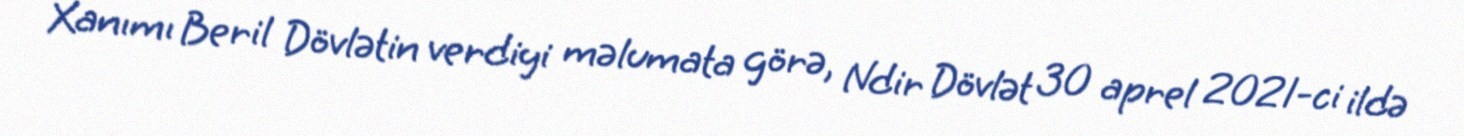
Xanımı Beril Dövlətin verdiyi məlumata görə, Ndir Dövlət 30 aprel 2021-ci ildə